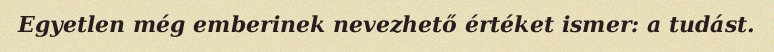
Egyetlen még emberinek nevezhető értéket ismer: a tudást.